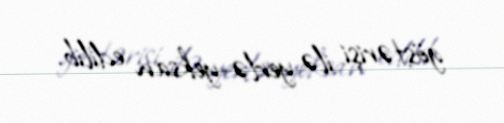
göstərişi ilə yerlə-yeksan edilib.